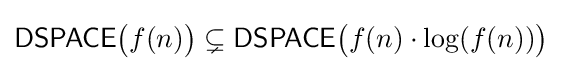
{\mathsf {DSPACE}}{\big (}f(n){\big )}\subsetneq {\mathsf {DSPACE}}{\big (}f(n)\cdot \log(f(n)){\big )}